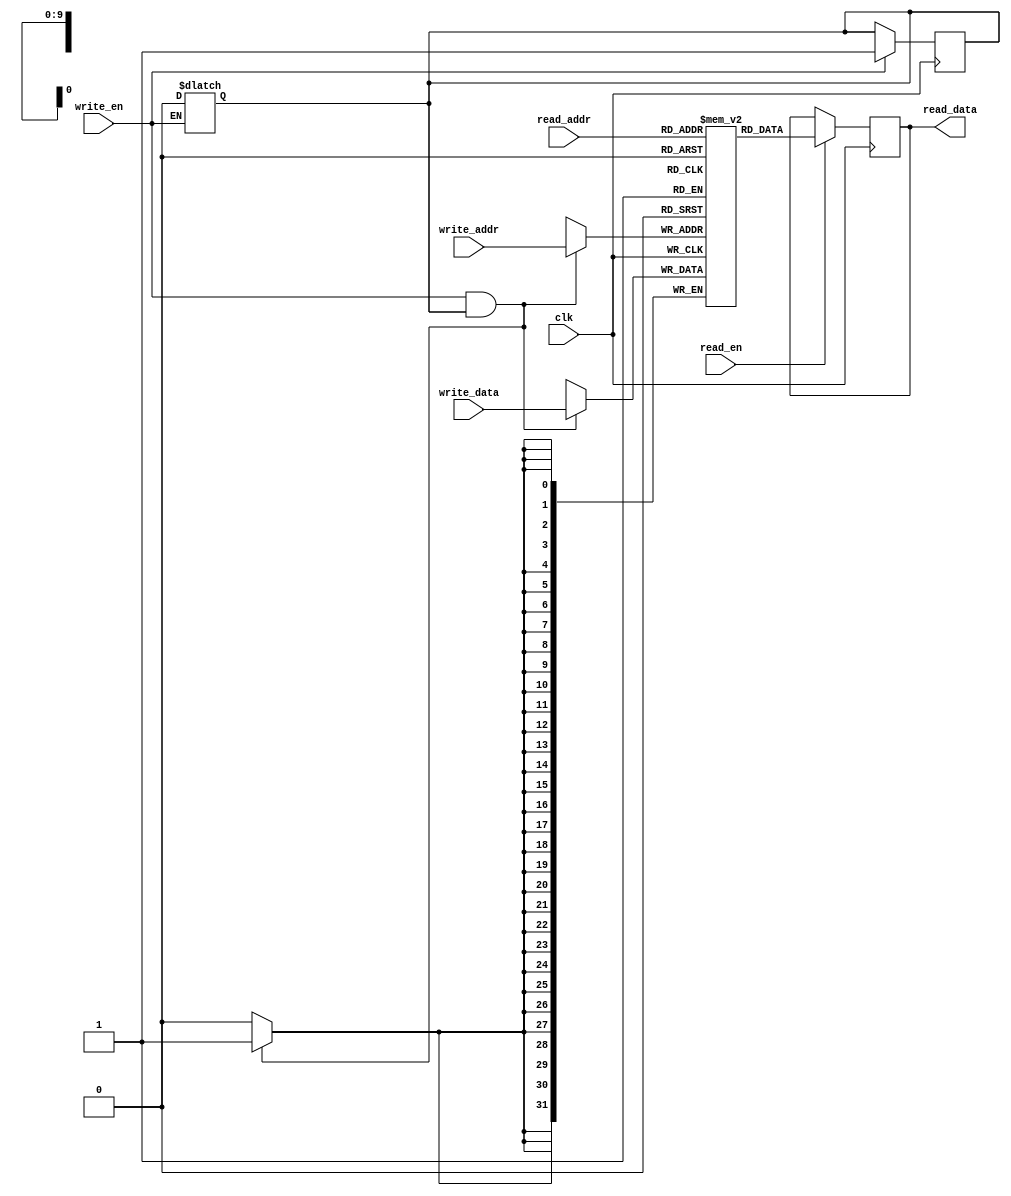
module Dual_port_RAM (
  input wire clk,
  input wire write_en,
  input wire [9:0] write_addr,
  input wire [31:0] write_data,
  input wire read_en,
  input wire [9:0] read_addr,
  output reg [31:0] read_data
);

reg [31:0] memory [0:1023];
reg write_clk;

always @(posedge clk) begin
  if (write_en && write_clk) begin
    memory[write_addr] <= write_data;
  end
end

always @(posedge clk) begin
  if (read_en) begin
    read_data <= memory[read_addr];
  end
end

always @(posedge clk) begin
  if (write_en) begin
    write_clk <= write_en;
  end
end

always @(*) begin
  if (!write_en) begin
    write_clk <= 0;
  end
end

endmodule